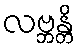
လဗ္ဘန္တိ